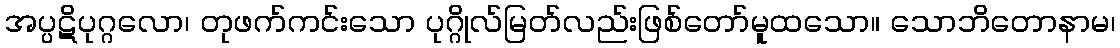
အပ္ပဋိပုဂ္ဂလော၊ တုဖက်ကင်းသော ပုဂ္ဂိုလ်မြတ်လည်းဖြစ်တော်မူထသော။ သောဘိတောနာမ၊